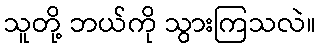
သူတို့ ဘယ်ကို သွားကြသလဲ။